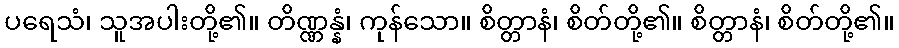
ပရေသံ၊ သူအပါးတို့၏။ တိဏ္ဏန္နံ၊ ကုန်သော။ စိတ္တာနံ၊ စိတ်တို့၏။ စိတ္တာနံ၊ စိတ်တို့၏။